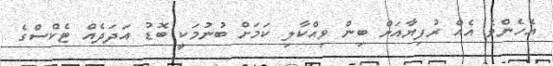
އެހެންވެ އެއް ރުފިޔާއަށް ބިން ވިއްކާލި ކަމަށް ބުނުމަކީ ބޮޑު އަދަދެއް ޓެކްސްގެ